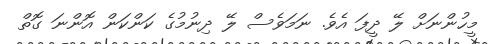
މީހުންނަށް ލޭ ދީފަ އެވެ. ނަމަވެސް ލޭ ދިނުމުގެ ކަންކަން އޮންނަ ގޮތް